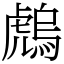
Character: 䖚